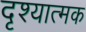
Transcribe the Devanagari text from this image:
दृश्‍यात्‍मक